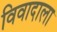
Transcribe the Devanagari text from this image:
विवादाला